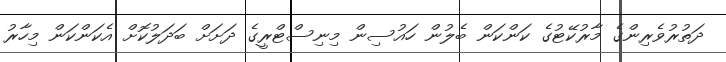
ދަތުރުވެރިންގެ މާރުކޭޓުގެ ކަންކަން ބެލުން ހައުސިން މިނިސްޓްރީގެ ދަށަށް ބަދަލުކޮށް އެކަންކަން މިހާރު